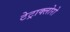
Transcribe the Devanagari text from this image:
टेट्राक्लोरो